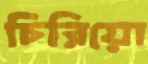
চিরিয়ো